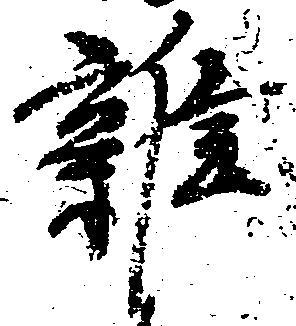
雑